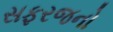
સફરજનો